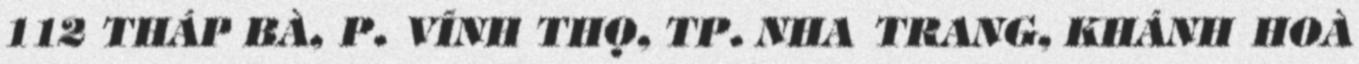
112 THÁP BÀ, P. VĨNH THỌ, TP. NHA TRANG, KHÁNH HOÀ